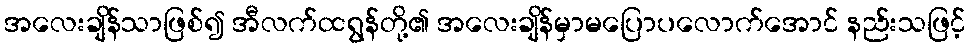
အလေးချိန်သာဖြစ်၍ အီလက်ထရွန်တို့၏ အလေးချိန်မှာမပြောပလောက်အောင် နည်းသဖြင့်